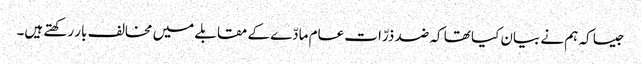
جیسا کہ ہم نے بیان کیا تھا کہ ضد ذرّات عام مادّے کے مقابلے میں مخالف بار رکھتے ہیں۔